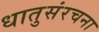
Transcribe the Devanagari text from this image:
धातुसंरचना